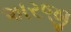
અરજી